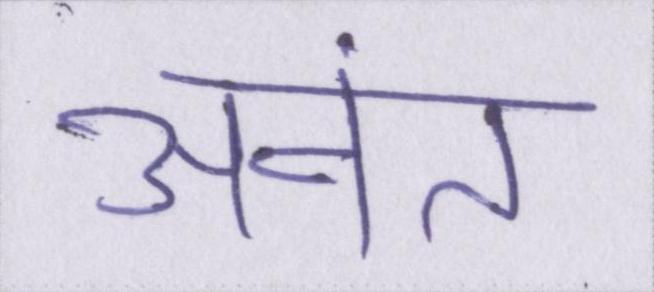
अनंत